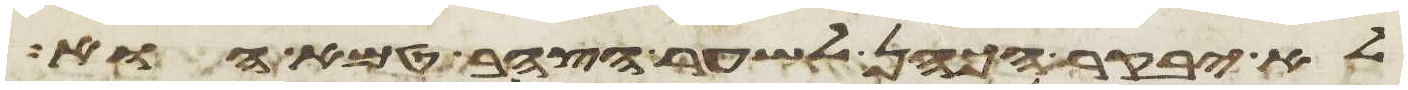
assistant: לא יבקר הכהן לשער הצהב טמא הוא